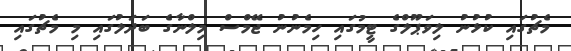
މެޗުގައި ކުޅުނު ލިވަޕޫލްގެ ޓީމުގައި ހިމެނުނު ޖޭމްސް މިލްނާގެ ބަދަލުގައި މި މެޗުގައި